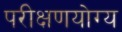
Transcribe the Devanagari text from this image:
परीक्षणयोग्य